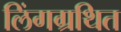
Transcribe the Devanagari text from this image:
लिंगग्रथित